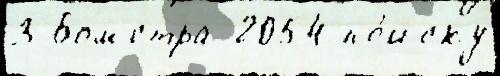
3 Бомстра 2054 по́иску